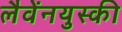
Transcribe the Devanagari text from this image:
लैवेंनयुस्की